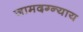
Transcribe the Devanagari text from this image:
जामदग्न्याय